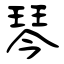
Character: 琴